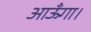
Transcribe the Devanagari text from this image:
आऊँगा।